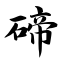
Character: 碲